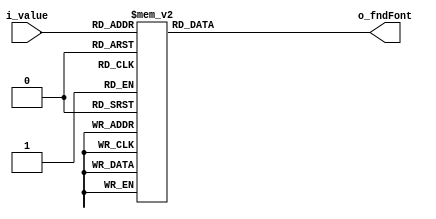
`timescale 1ns / 1ps

module BCDtoFND_decoder(
    input [3:0] i_value,

    output [7:0] o_fndFont
    );

    reg [7:0] r_fndfont;

    assign o_fndFont = r_fndfont;

    always @(i_value) begin
        case (i_value)
            default : r_fndfont = 8'hff; 
            4'h0 : r_fndfont = 8'hc0;
            4'h1 : r_fndfont = 8'hf9;
            4'h2 : r_fndfont = 8'ha4;
            4'h3 : r_fndfont = 8'hb0;
            4'h4 : r_fndfont = 8'h99;
            4'h5 : r_fndfont = 8'h92;
            4'h6 : r_fndfont = 8'h82;
            4'h7 : r_fndfont = 8'hf8;
            4'h8 : r_fndfont = 8'h80;
            4'h9 : r_fndfont = 8'h90;
            4'ha : r_fndfont = 8'h7f;
        endcase
    end
endmodule